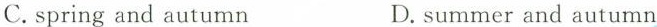
C.springand autumn D.summer and autum